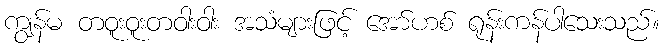
ကျွန်မ တဝူးဝူးတဝါးဝါး အသံများဖြင့် အော်ဟစ် ရုန်းကန်ပါသေးသည်။